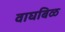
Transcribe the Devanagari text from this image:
वाघबिळ